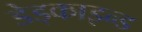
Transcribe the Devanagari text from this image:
डेड्काइन्ड